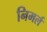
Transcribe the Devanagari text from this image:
निमर्ल